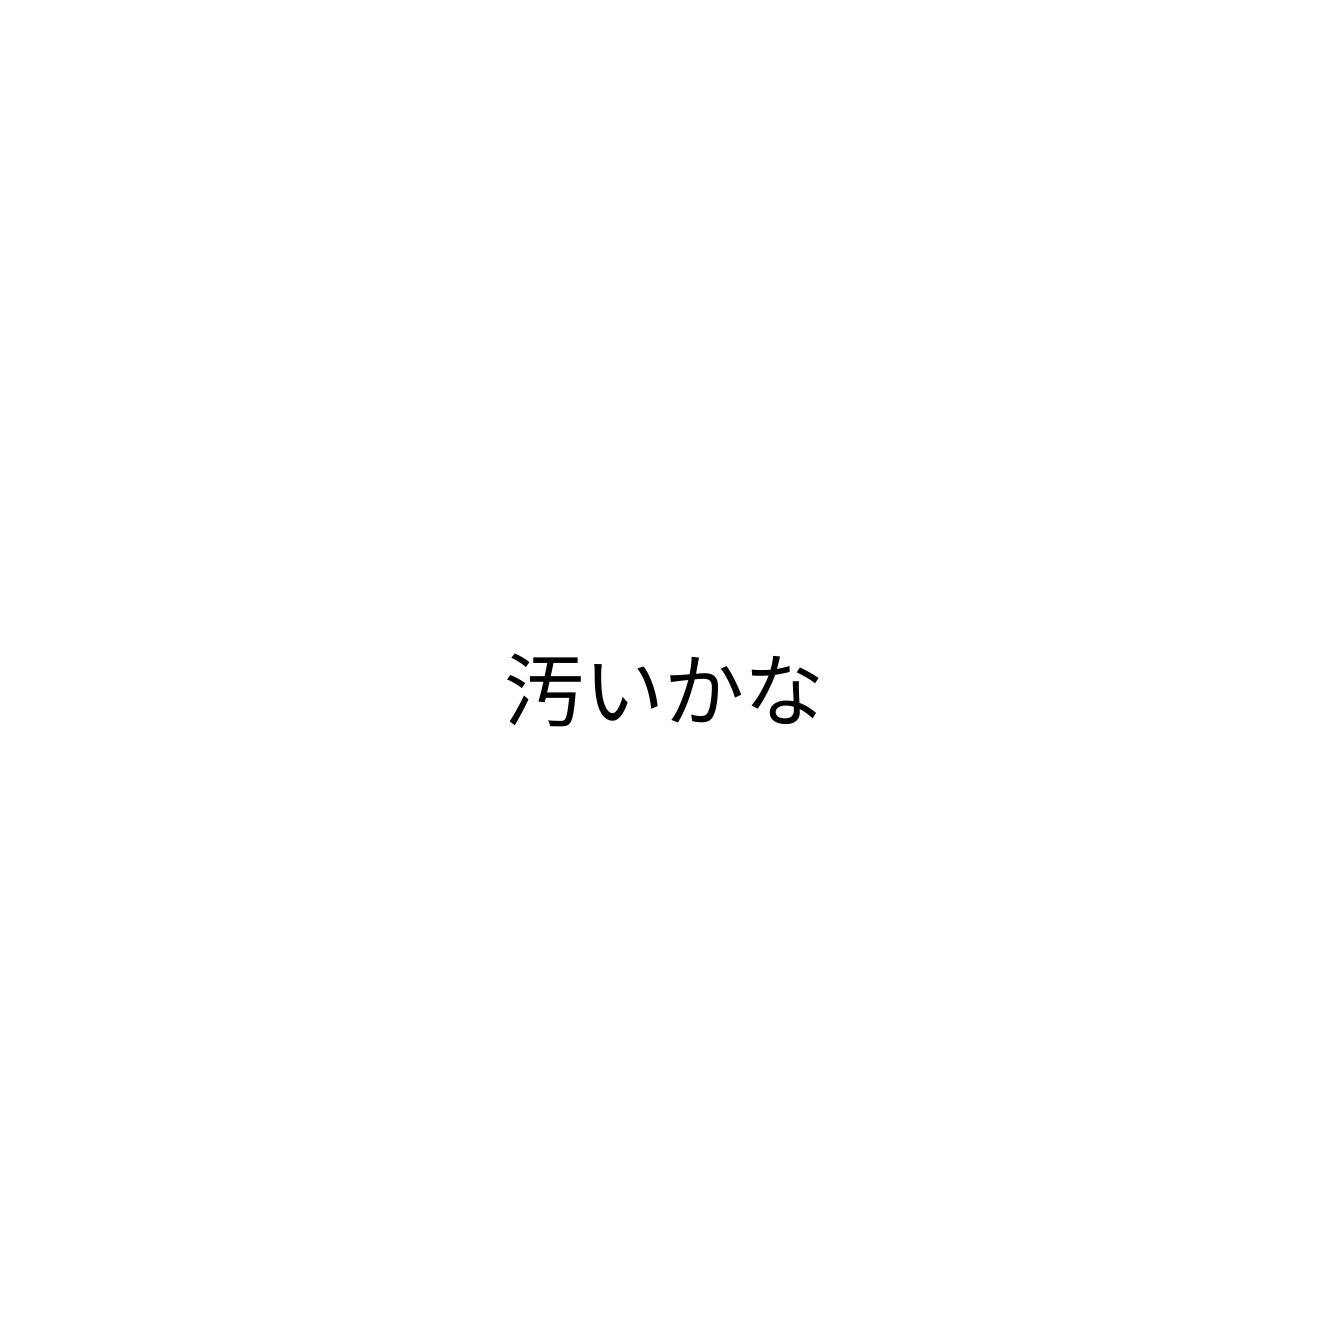
汚いかな